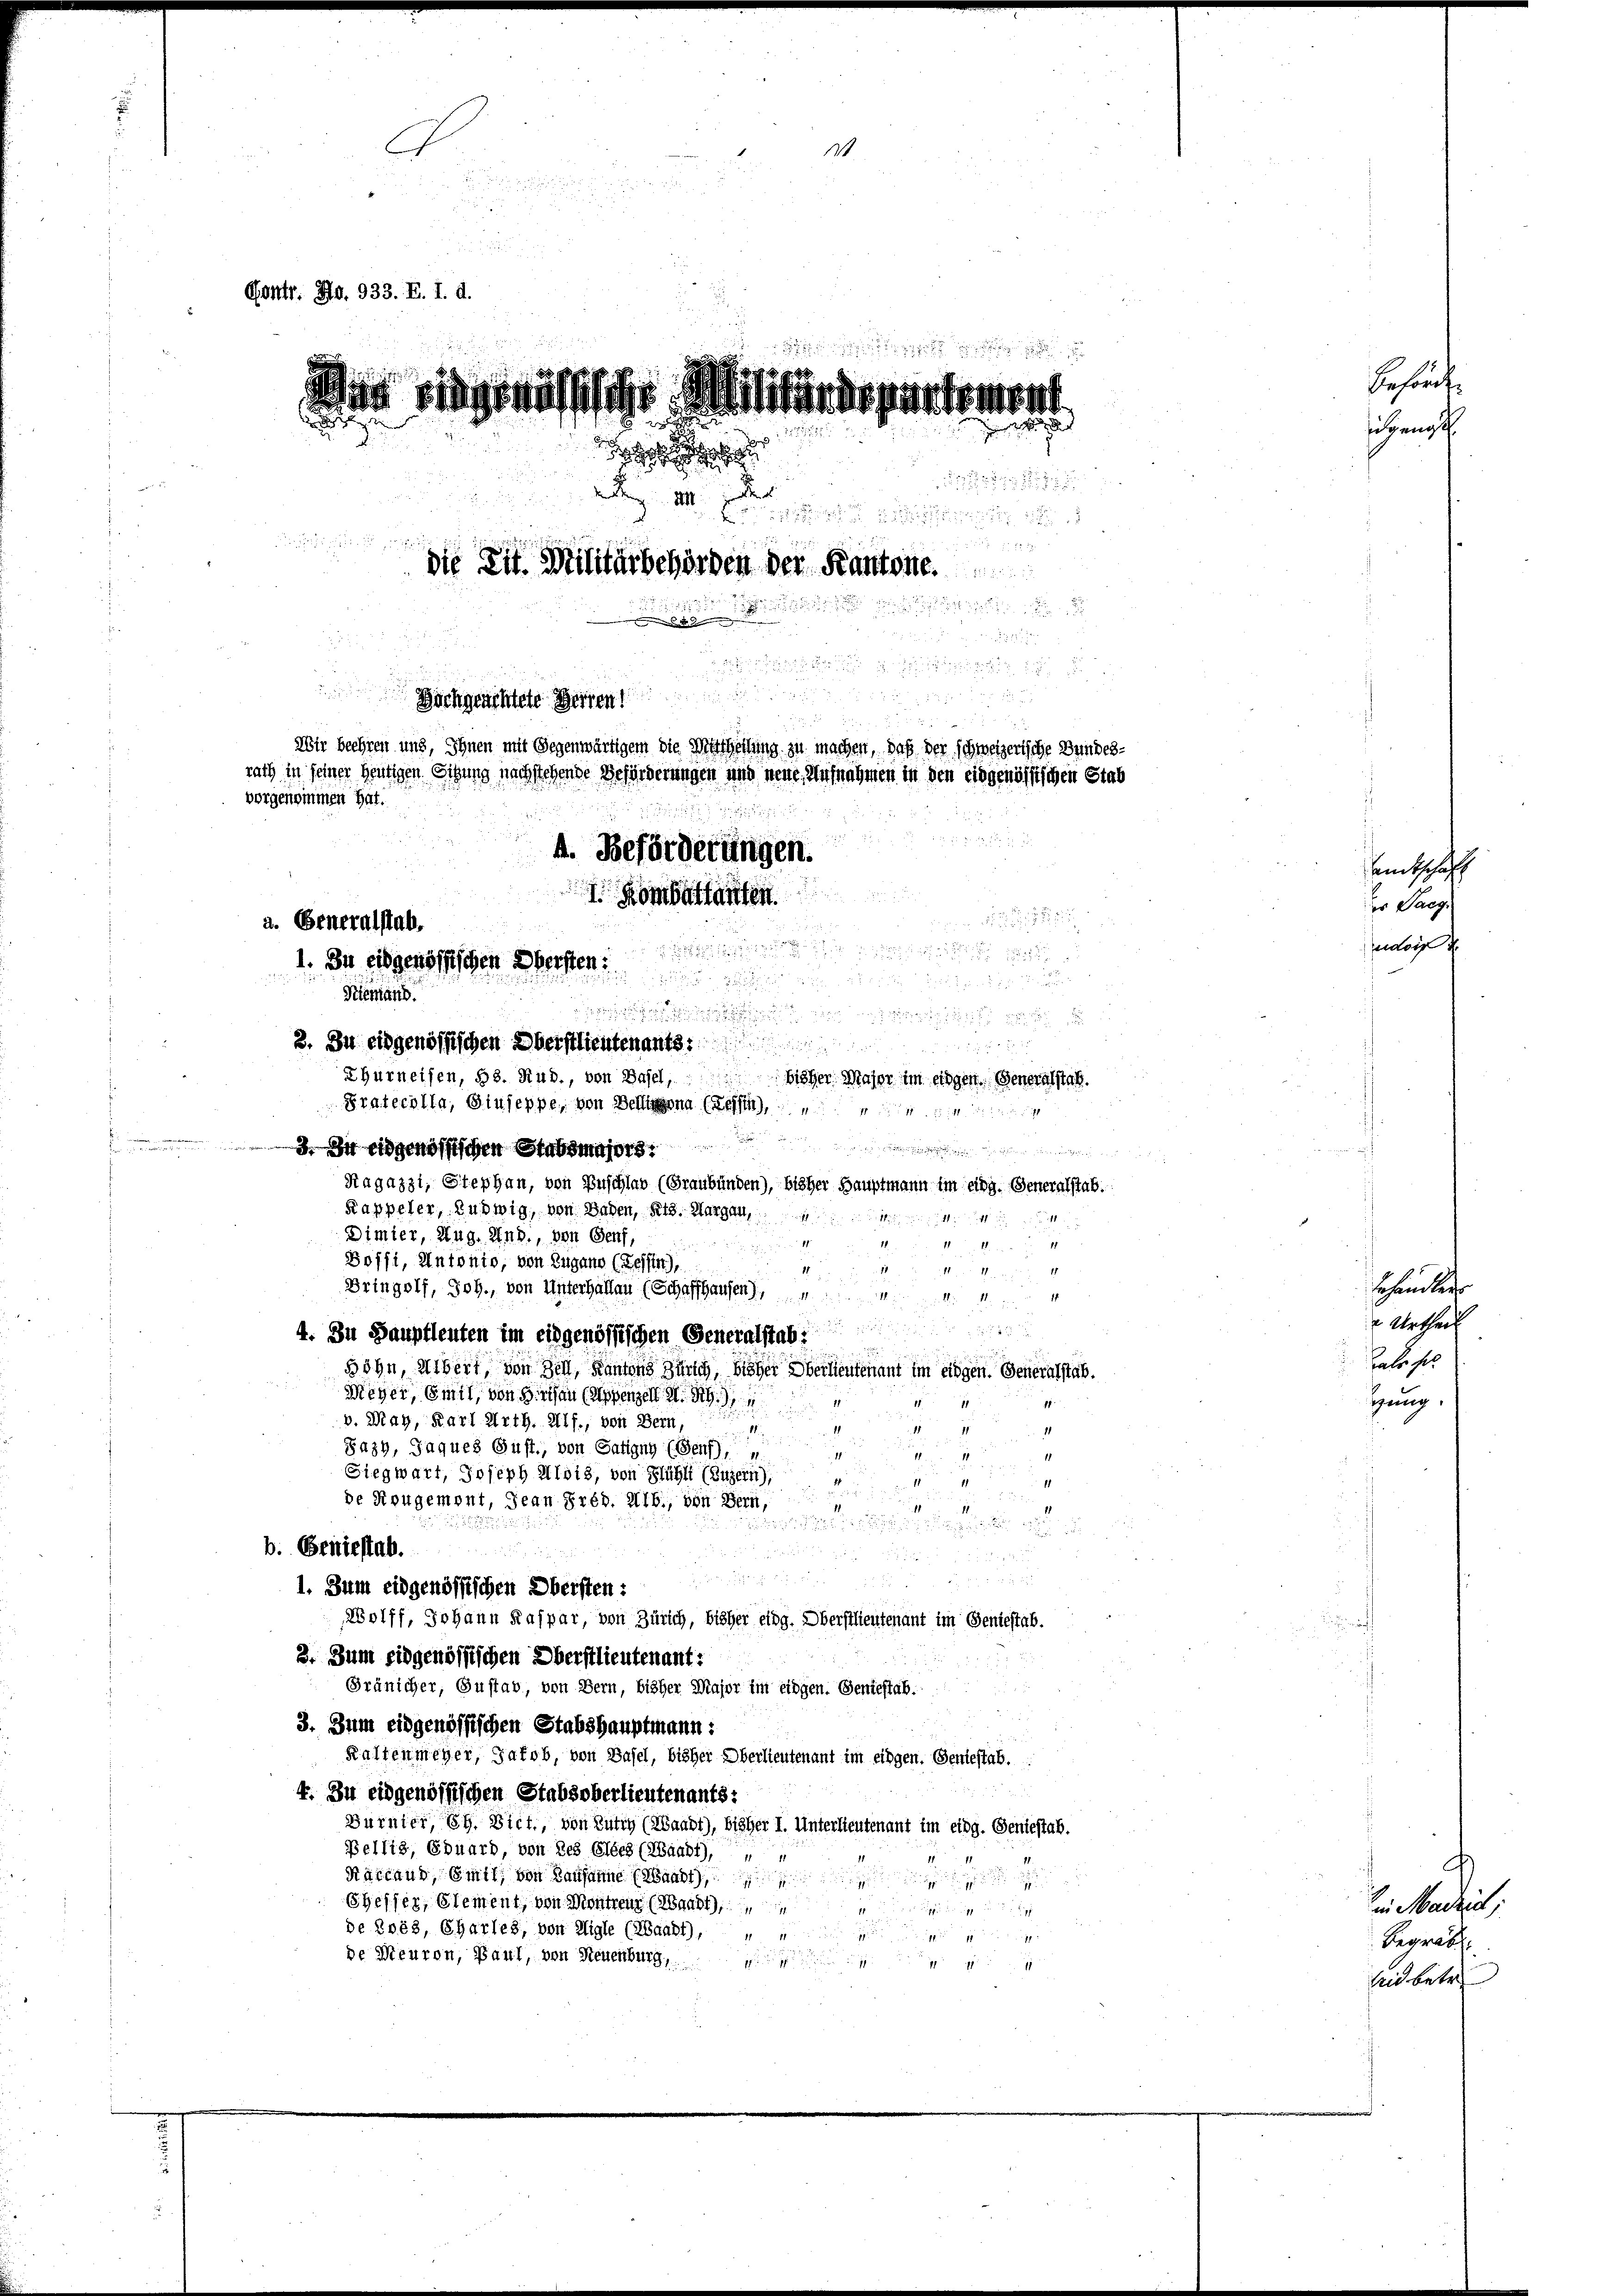
1

Gontr. No. 933. E. I. d.

dan eidgenössische Militärdepartement
.

d
2

z III. Der

22335

die Zu Militärbehörden der Kantone.
3

1

.

 x
Hochgeachtete Herren 1
1
555 f
Wir beehren und, Ihnen mit Gegenwärtigem die Mittheilung zu machen, daß der schweizerische Bundesrath in seiner heutigen Sitzung nachstehende Beförderungen und neue Aufnahmen in den eidgenössischen Stab
vorgenommen hat.
n
4. Beförderungen.
5
5
I. Kombettanten.

a. Generalstab.
e
1. In eidgenössischen Darsten

Tilemand.

2. In eidgenössischen Oberstlieutenanter
Thurneisen, Hs. Rud., von Basel,
bisher Major im eidgen. Generalstab
Pratecolla, Giuseppe, von Bestigona (Ressin, er

Ragazzi, Stephan, von Zuschlas (Graubünden), bisher Hauptmann im eidg. Generalstab.
Kappeler, Ludwig, von Wagen, Kts. Margau,
Dimier, Aug. Und, von Genf,

Soffi, Antonio, von Zugano (Bessen),
1

Bringolf, Joh., von Unterhalten (Schaffhausen,
4. In Saupfleuten im eidgenössischen Generalstab
Böhn, Albert, von Zell, Kantons Zürich, bisher Oberlieutenant im eidgen. Generalstab.
Meger, mit von diesen sappenzell A. S. 4
11
1
b. May, Karl Arth. Alf., von Bern,
4
1
11
üchtigen un
Jazh, Jaques Gust, von Satigny (Genf),
11

Siegwart, Joseph Alois, von Flühli (Luzern)
1
i
de Rougemont, Jean Préd. Alb., von Bern,
1

.
b. Geniestab.
u

d

1. Zum eidgenössischen Obersten:
olff, Johann Kaspar, von Zürich, bisher eidg. Oberstlieutenant im Geniestab.
2. Zum eidgenössischen Oberstlieutenant:
Gränicher, Gustab, von Bern, bisher Major im eidgen. Geniestab.
3. Zum eidgenössischen Stabshauptmann:
Kaltenmeyer, Jakob, von Basel, bisher Oberlieutenant im eidgen. Geniestab.
4. In eidgenössischen Stabsoberlieutenants:
Bürnter, 64. Dict., von Bütig (Waadt), bisher I. Unterlieutenant im eidg. Geniestab.
Bellis, Eduard, von des Glied (Waadt),
Kattaub, Emit; von Kausanne (Waadt,
dich eine
u
Sheffer, Element, von Montrenz (Waadt)

se Zwis, Charles, von Aigle (Haabt),

de Meuron, Paul, von Neuenburg,

20 x

Behört.
ichgenosse

amtschaff
der Sarg.
edorf d

behandlers
s Urtheif
Hals sel
Gung.

d
Ein Madria
Begräbe
Aid betre